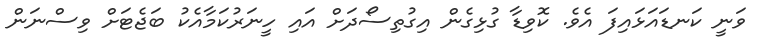
ވަނީ ކަނޑައަޅައިފަ އެވެ. ކޮވިޑާ ގުޅިގެން އިގުތިސޯދަށް އައި ހީނަރުކަމާއެކު ބަޖެޓަށް ވިސްނަން